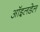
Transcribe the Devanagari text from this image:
ऑइलडेल